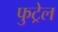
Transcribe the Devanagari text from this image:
फुट्रेल